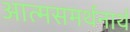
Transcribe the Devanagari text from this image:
आत्मसमर्थनार्थ